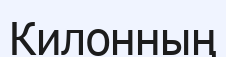
Килонның